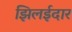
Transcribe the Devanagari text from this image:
झिलईदार